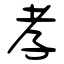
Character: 孝